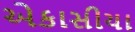
એકાસીયા